Riigikantselei, lk 8
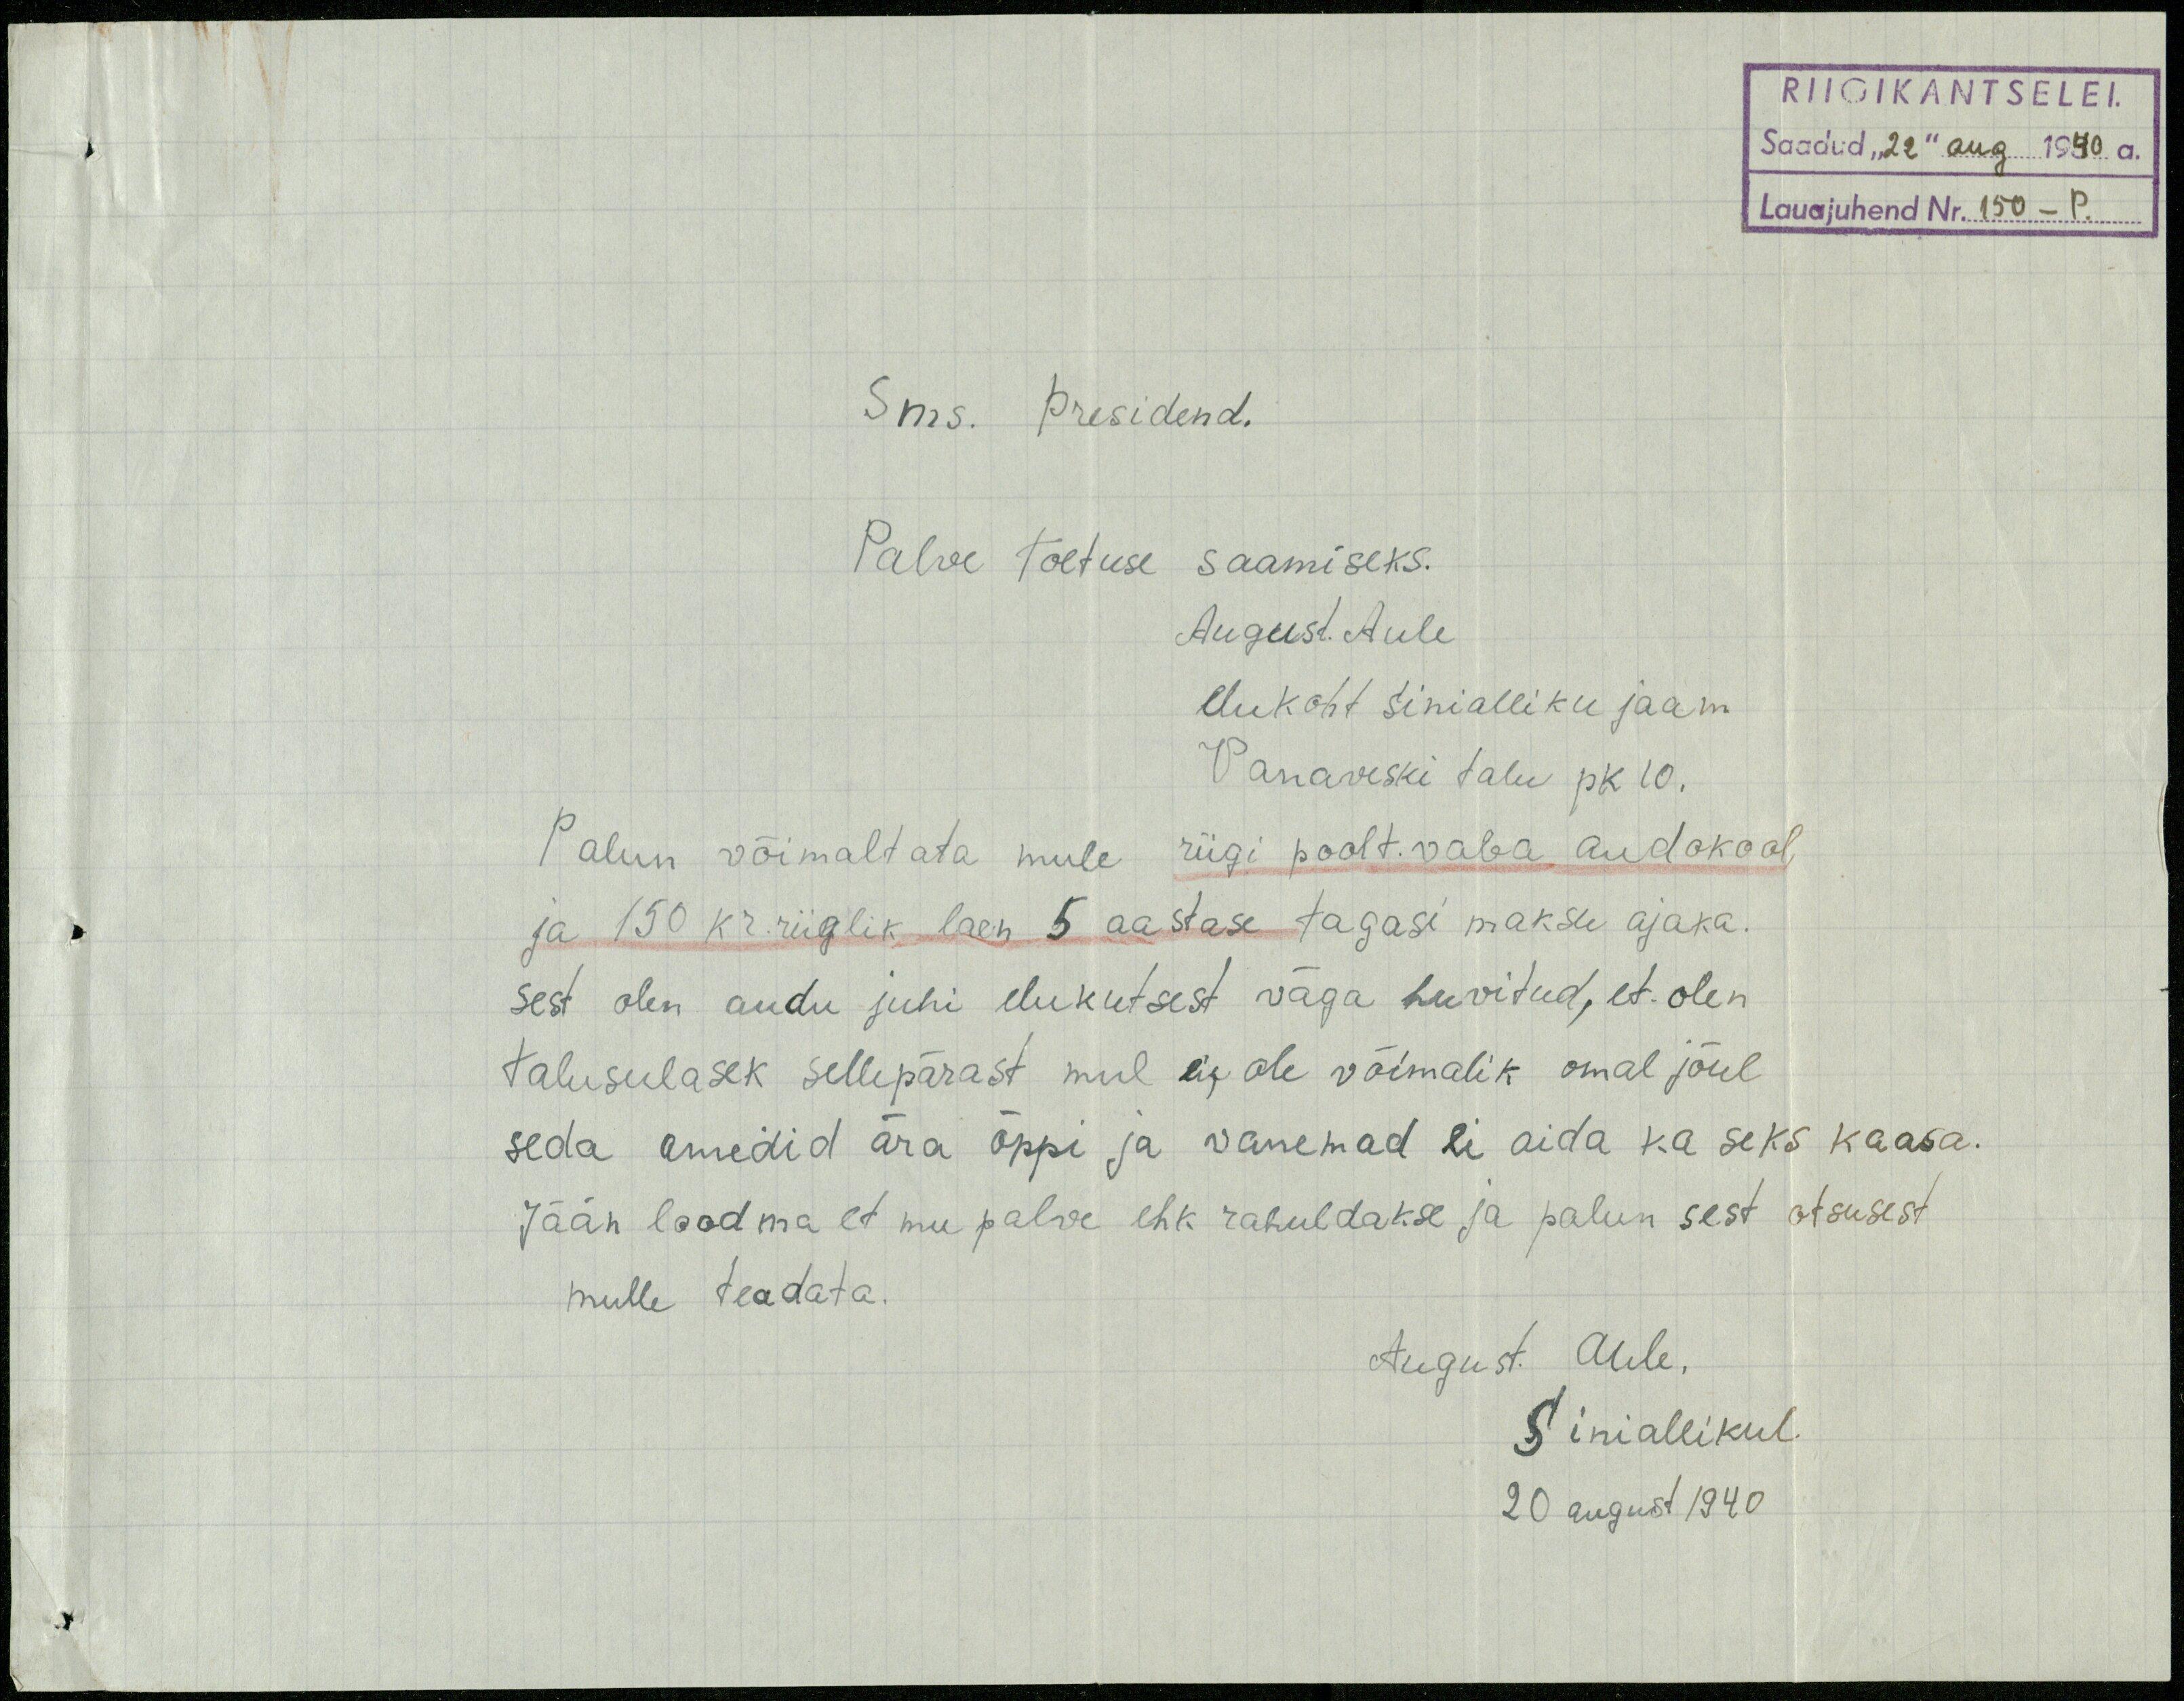
RIIGIKANTSELEI
Saadud "22" aug. 1940 a.
Lauajuhend Nr. 150 - P.
Sms. presidend.
Palve toetuse saamiseks.
August. Aule
elukoht sinialliku jaam
Vanaveski talu pk 10.
Palun võimaltata mule riigi poolt. vaba audokool
ja 150 kr. riiglik laen 5 aastase tagasi maksu ajaka.
sest olen audu juhi elukutsest väga huvitud, et olen
talusulaseks sellepärast mul ei ole võimalik omal jõul
seda amedid ära õppi ja vanemad ei aida ka seks kaasa.
Jään loodma et mu palve ehk rahuldakse ja palun sest otsusest
mulle teadata.
August. Aule,
Siniallikul
20 august 1940